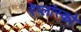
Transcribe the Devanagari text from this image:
रेप्लांस्को